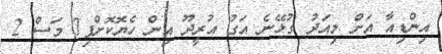
އިންޑިއާ އަށް މިއަދު ގުޅޭނެ އަގު އުރީދޫ އިން ހެޔޮކޮށްފި7 މަސް 2